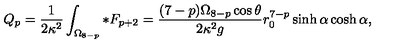
Q _ { p } = \frac { 1 } { 2 \kappa ^ { 2 } } \int _ { \Omega _ { 8 - p } } * F _ { p + 2 } = \frac { ( 7 - p ) \Omega _ { 8 - p } \cos \theta } { 2 \kappa ^ { 2 } g } r _ { 0 } ^ { 7 - p } \sinh \alpha \cosh \alpha ,